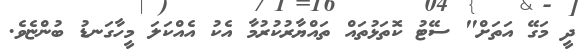
ދީ މަގޭ އަތަށް" ސޭޓު ކޮތަޅުތައް ތައްޔާރުކުރުމާ އެކު އެއްކަލަ މީހާގަނޑު ބުންޏެވެ.